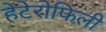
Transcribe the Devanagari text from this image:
हेटेरोफिली